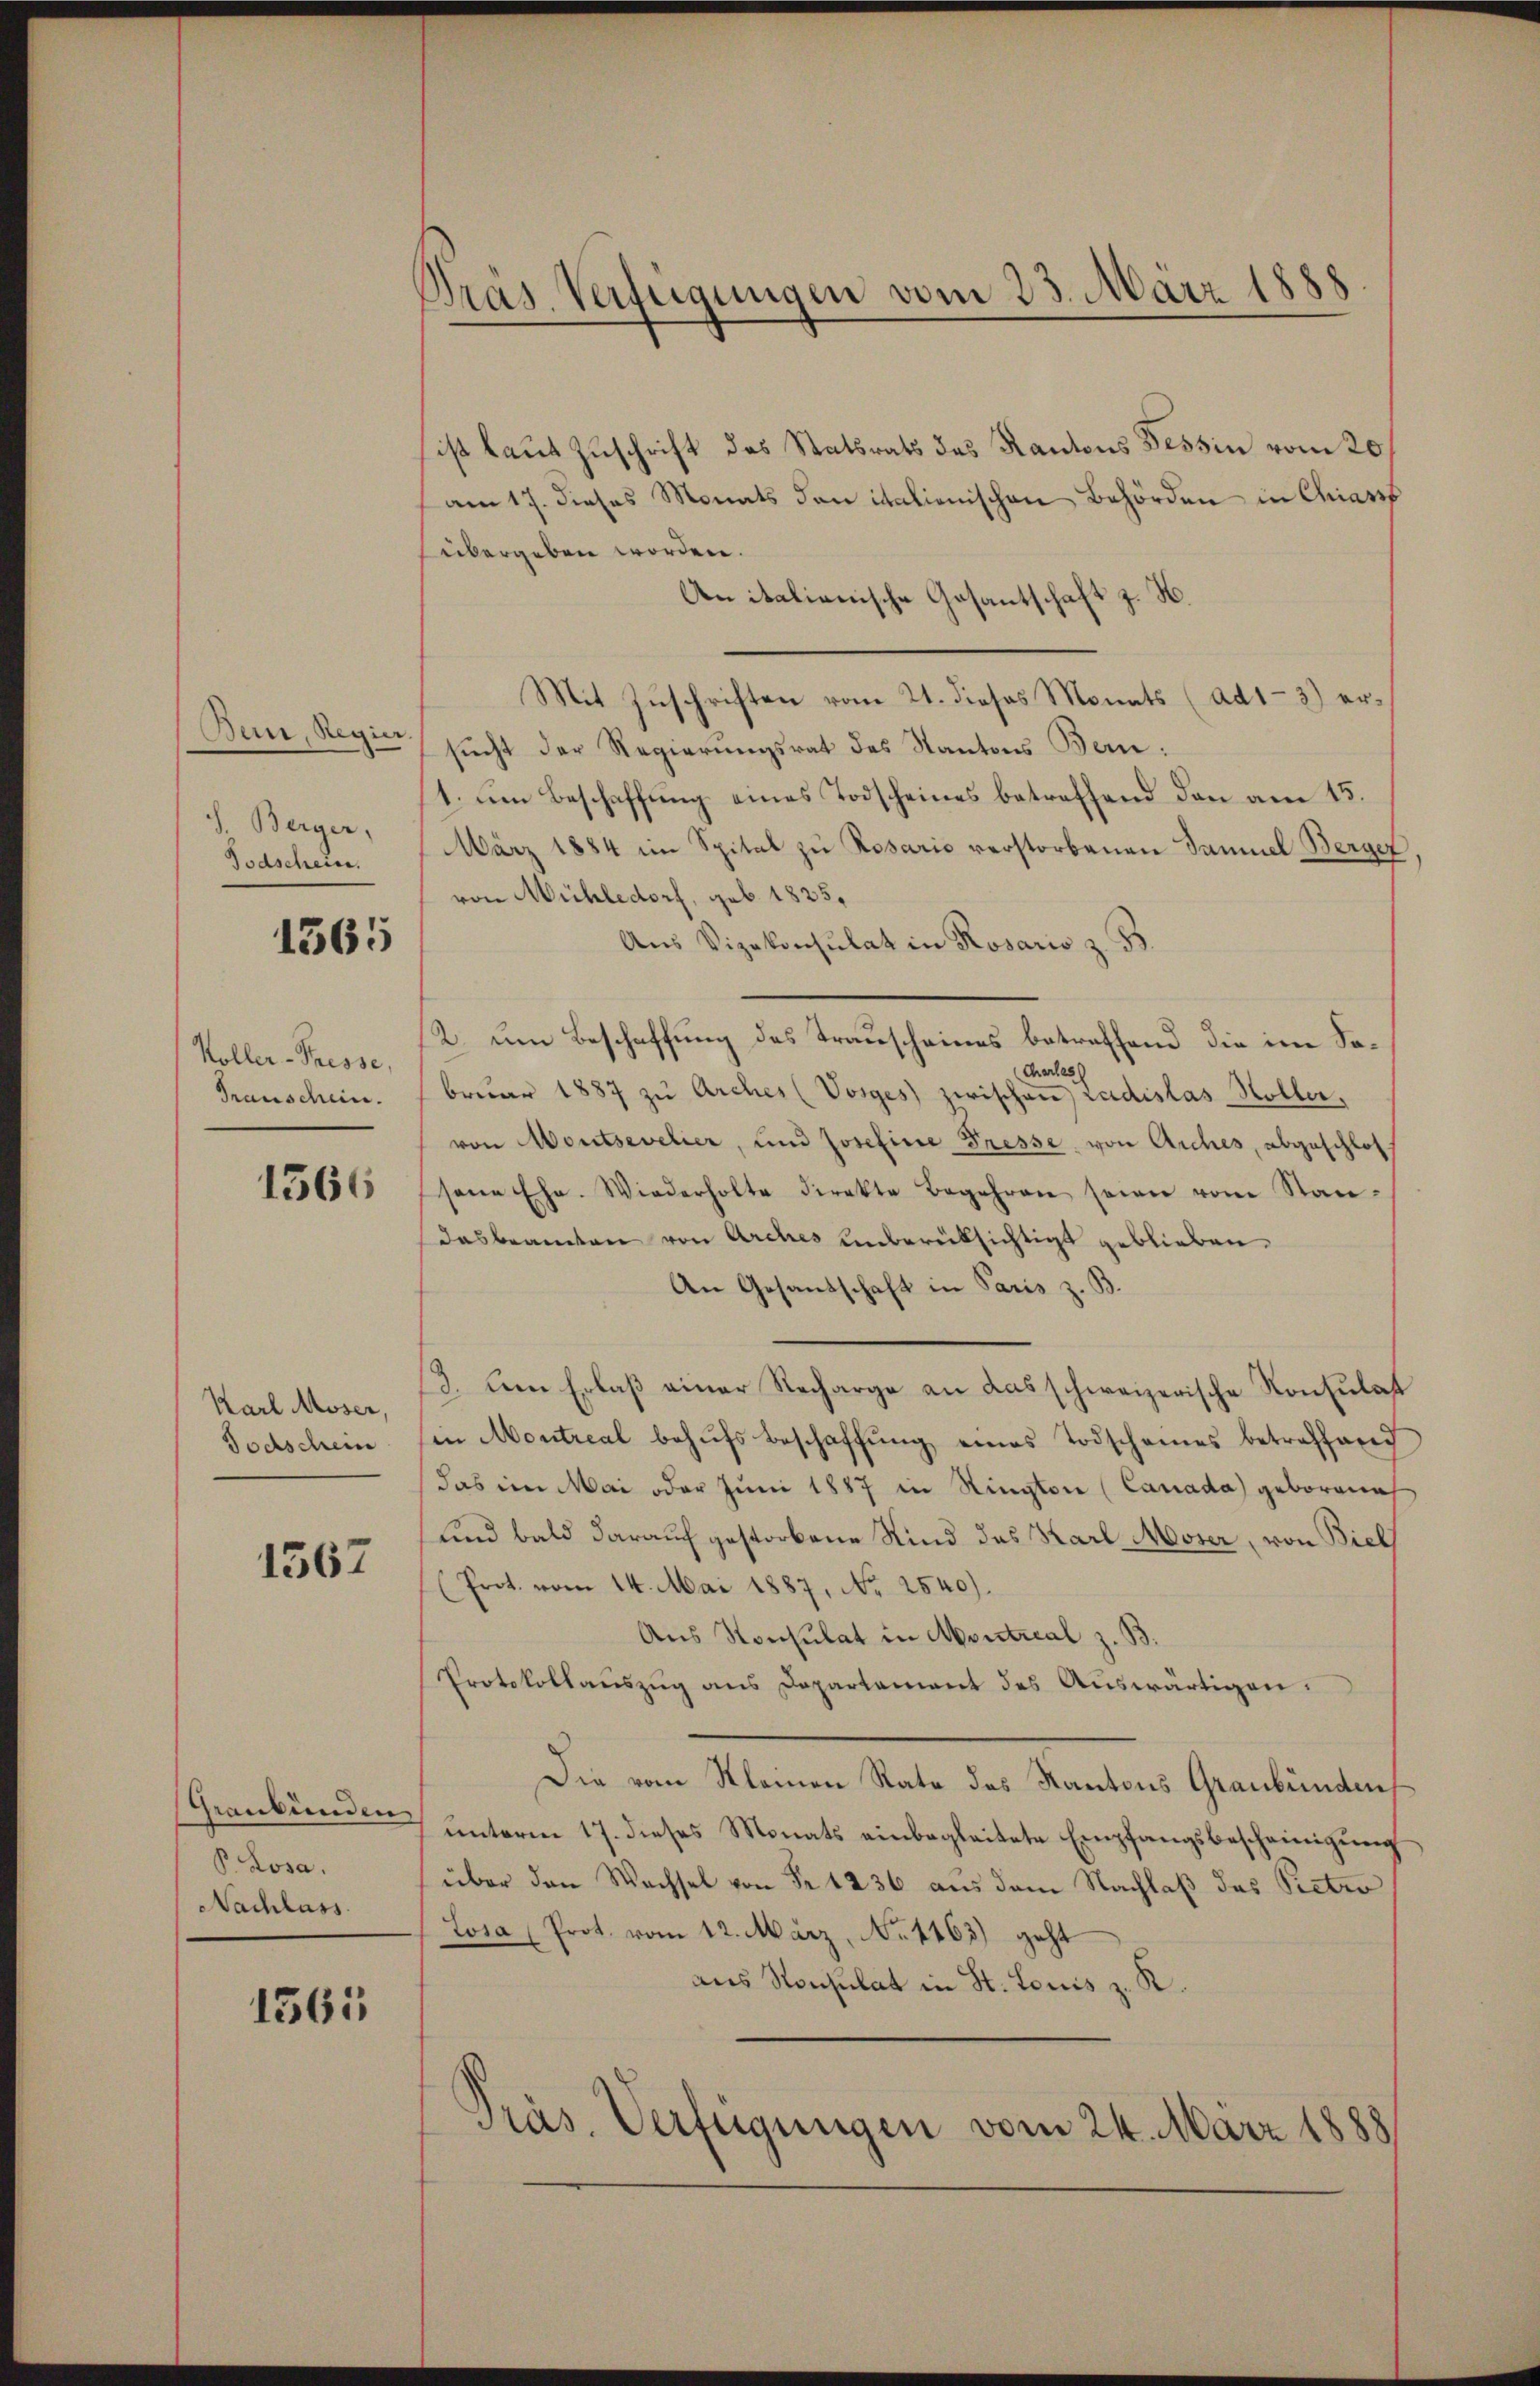
Bein, Regier.
J. Berger,
Todschein.

1565

Koller-Presse,
Franschen.

1566

Karl Moser,
Todschein

1567

Graubünden
P. Losa.
Nachlass

1563

Pras. Verfügungen vom 23. März 1888

ist laut Zuschrift des Statsrats des Kantons Tessin vom 20
am 17. dieses Monats den italienischen Behörden in Chiasss
übergeben worden.
An italienische Gosantschaft z. H.
Mit Zuschriften vom 21. dieses Monats (ad1-3) ersucht der Regierungsrat des Kantons Bern:
1. um Beschaffung eines Todscheines betreffend den am 15.
März 1884 im Spital zu Rosaris verstorbenen Samuel Berger
von Mühledorf, geb. 1825.
Aus Vizekonsulat in Rosaris z. B.
K. um Beschaffung des Trauscheines betreffend die im So¬
Charles
bruar 1887 zu Archer (Vorges zwischen radislas Höller,
von Montsevelier, und Josefine Fresse von Arches, abgeschlos
sene Ehe. Wiederholte direkte Begehren seien vom Stan-
dasberamten von Arches unberüksichtigt geblieben.
An Gesandschaft in Paris z. B.
3. Lein Erlaß einer Recharge an das schweizerische Konsulat
in Montreal behŭfs beschaffŭng eines Todschames betreffend
das im Mai oder Juni 1887 in Rington (Canada geborenech
und bald darauf gestorbene Kind das Karl Moser, von Biel
(Prot. vom 14. Mai 1887, No 2540)
Aus Konsulat in Montreal z. B.
Protokollauszug aus Departament des Auswärtigen.
Die vom Kleinen Rate des Kantons Graubündens
7 unterm 17. dieses Monats einbegleitete Empfangsbescheinigung
über den Wechsel von Fr. 1236 aus dem Nachlaß das Petro
Losa (Prot. vom 12. März, No 1163) geht
aus Konsulat in St. Louis z. R.
Präs. Verfügungen vom 24. März 1888